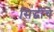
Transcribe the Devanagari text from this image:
सिद्धींचे